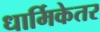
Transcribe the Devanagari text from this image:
धार्मिकेतर